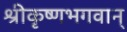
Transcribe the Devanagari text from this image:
श्रीकृष्णभगवान्